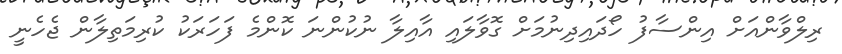
ރިލްވާންއަށް އިންސާފު ހޯދައިދިނުމަށް ގޮވާލައި އާއިލާ ނުކުންނަ ކޮންމެ ފަހަރަކު ކުރިމަތިލާން ޖެހެނީ